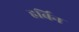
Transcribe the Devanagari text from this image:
हर्बिन